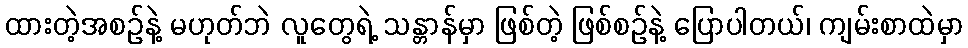
ထားတဲ့အစဉ်နဲ့ မဟုတ်ဘဲ လူတွေရဲ့ သန္တာန်မှာ ဖြစ်တဲ့ ဖြစ်စဉ်နဲ့ ပြောပါတယ်၊ ကျမ်းစာထဲမှာ